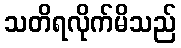
သတိရလိုက်မိသည်